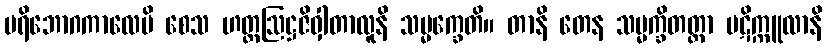
ပရိဘောဂကာလေပိ စေသ ဟတ္ထဩဋ္ဌဇိဝှါတာလူနိ သမ္မက္ခေတိ။ တာနိ တေန သမ္မက္ခိတတ္တာ ပဋိက္ကူလာနိ